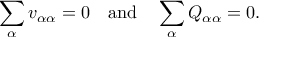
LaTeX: \sum _ { \alpha } v _ { \alpha \alpha } = 0 \quad { \mathrm { a n d } } \quad \sum _ { \alpha } Q _ { \alpha \alpha } = 0 .